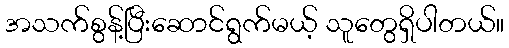
အသက်စွန့်ပြီးဆောင်ရွက်မယ့် သူတွေရှိပါတယ်။